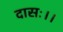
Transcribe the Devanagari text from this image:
दासः।।